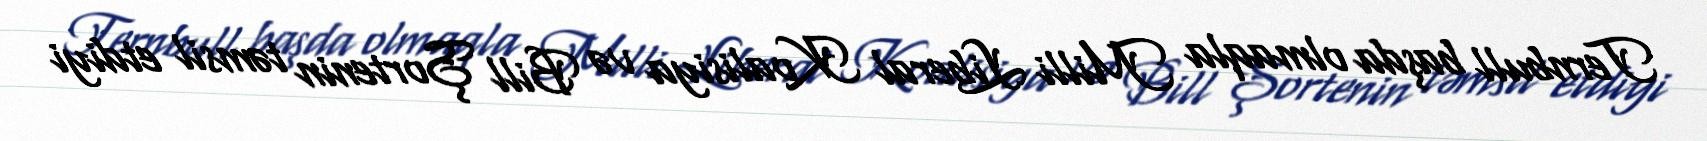
Ternbull başda olmaqla Milli Liberal Koalisiya və Bill Şortenin təmsil etdiyi